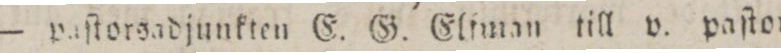
— paſtorsadjunkten E. G. Elfman till v. paſtor